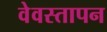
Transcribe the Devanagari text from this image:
वेवस्तापन